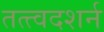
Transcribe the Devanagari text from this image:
तत्त्वदशर्न